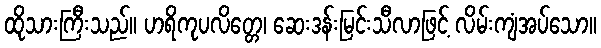
ထိုသားကြီးသည်။ ဟရိကုပလိတ္တေ၊ ဆေးဒန်းမြင်းသီလာဖြင့် လိမ်းကျံအပ်သော။